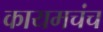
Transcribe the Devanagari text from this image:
कायमचंच